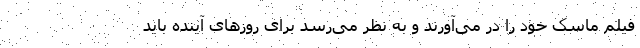
فیلم ماسک خود را در می‌آورند و به نظر می‌رسد برای روز‌های آینده باید